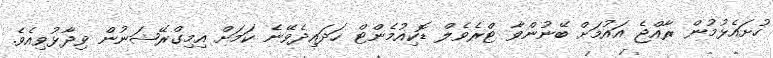
ހުށައެޅުމުން ރާއްޖެ އައުމަށް ބޭނުންވާ ޓްރެވެލް ޑޮކިއުމެންޓް ހަދައިދެވޭނެ ކަމަށް އިމިގްރޭޝަނުން ވިދާޅުވިއެވެ.